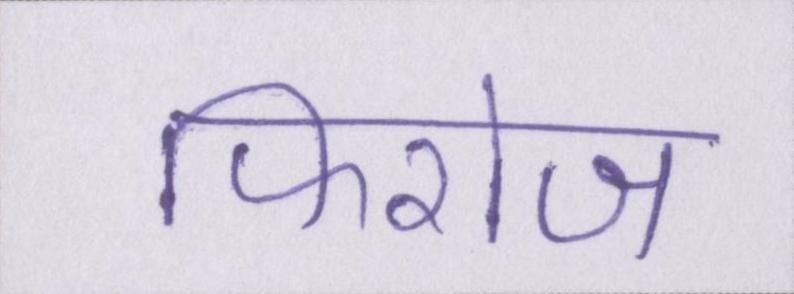
फिरोज